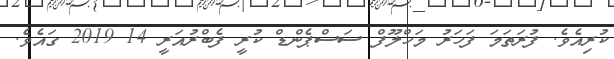
ކުރިއެވެ. ފުރަތަމަ ފަހަރު މަހްލޫފް ސަސްޕެންޑް ކުރީ ފެބްރުއަރީ 14 2019 ގައެވެ.